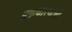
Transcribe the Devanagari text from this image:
सत्ताकारणाची